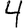
Digit: 4